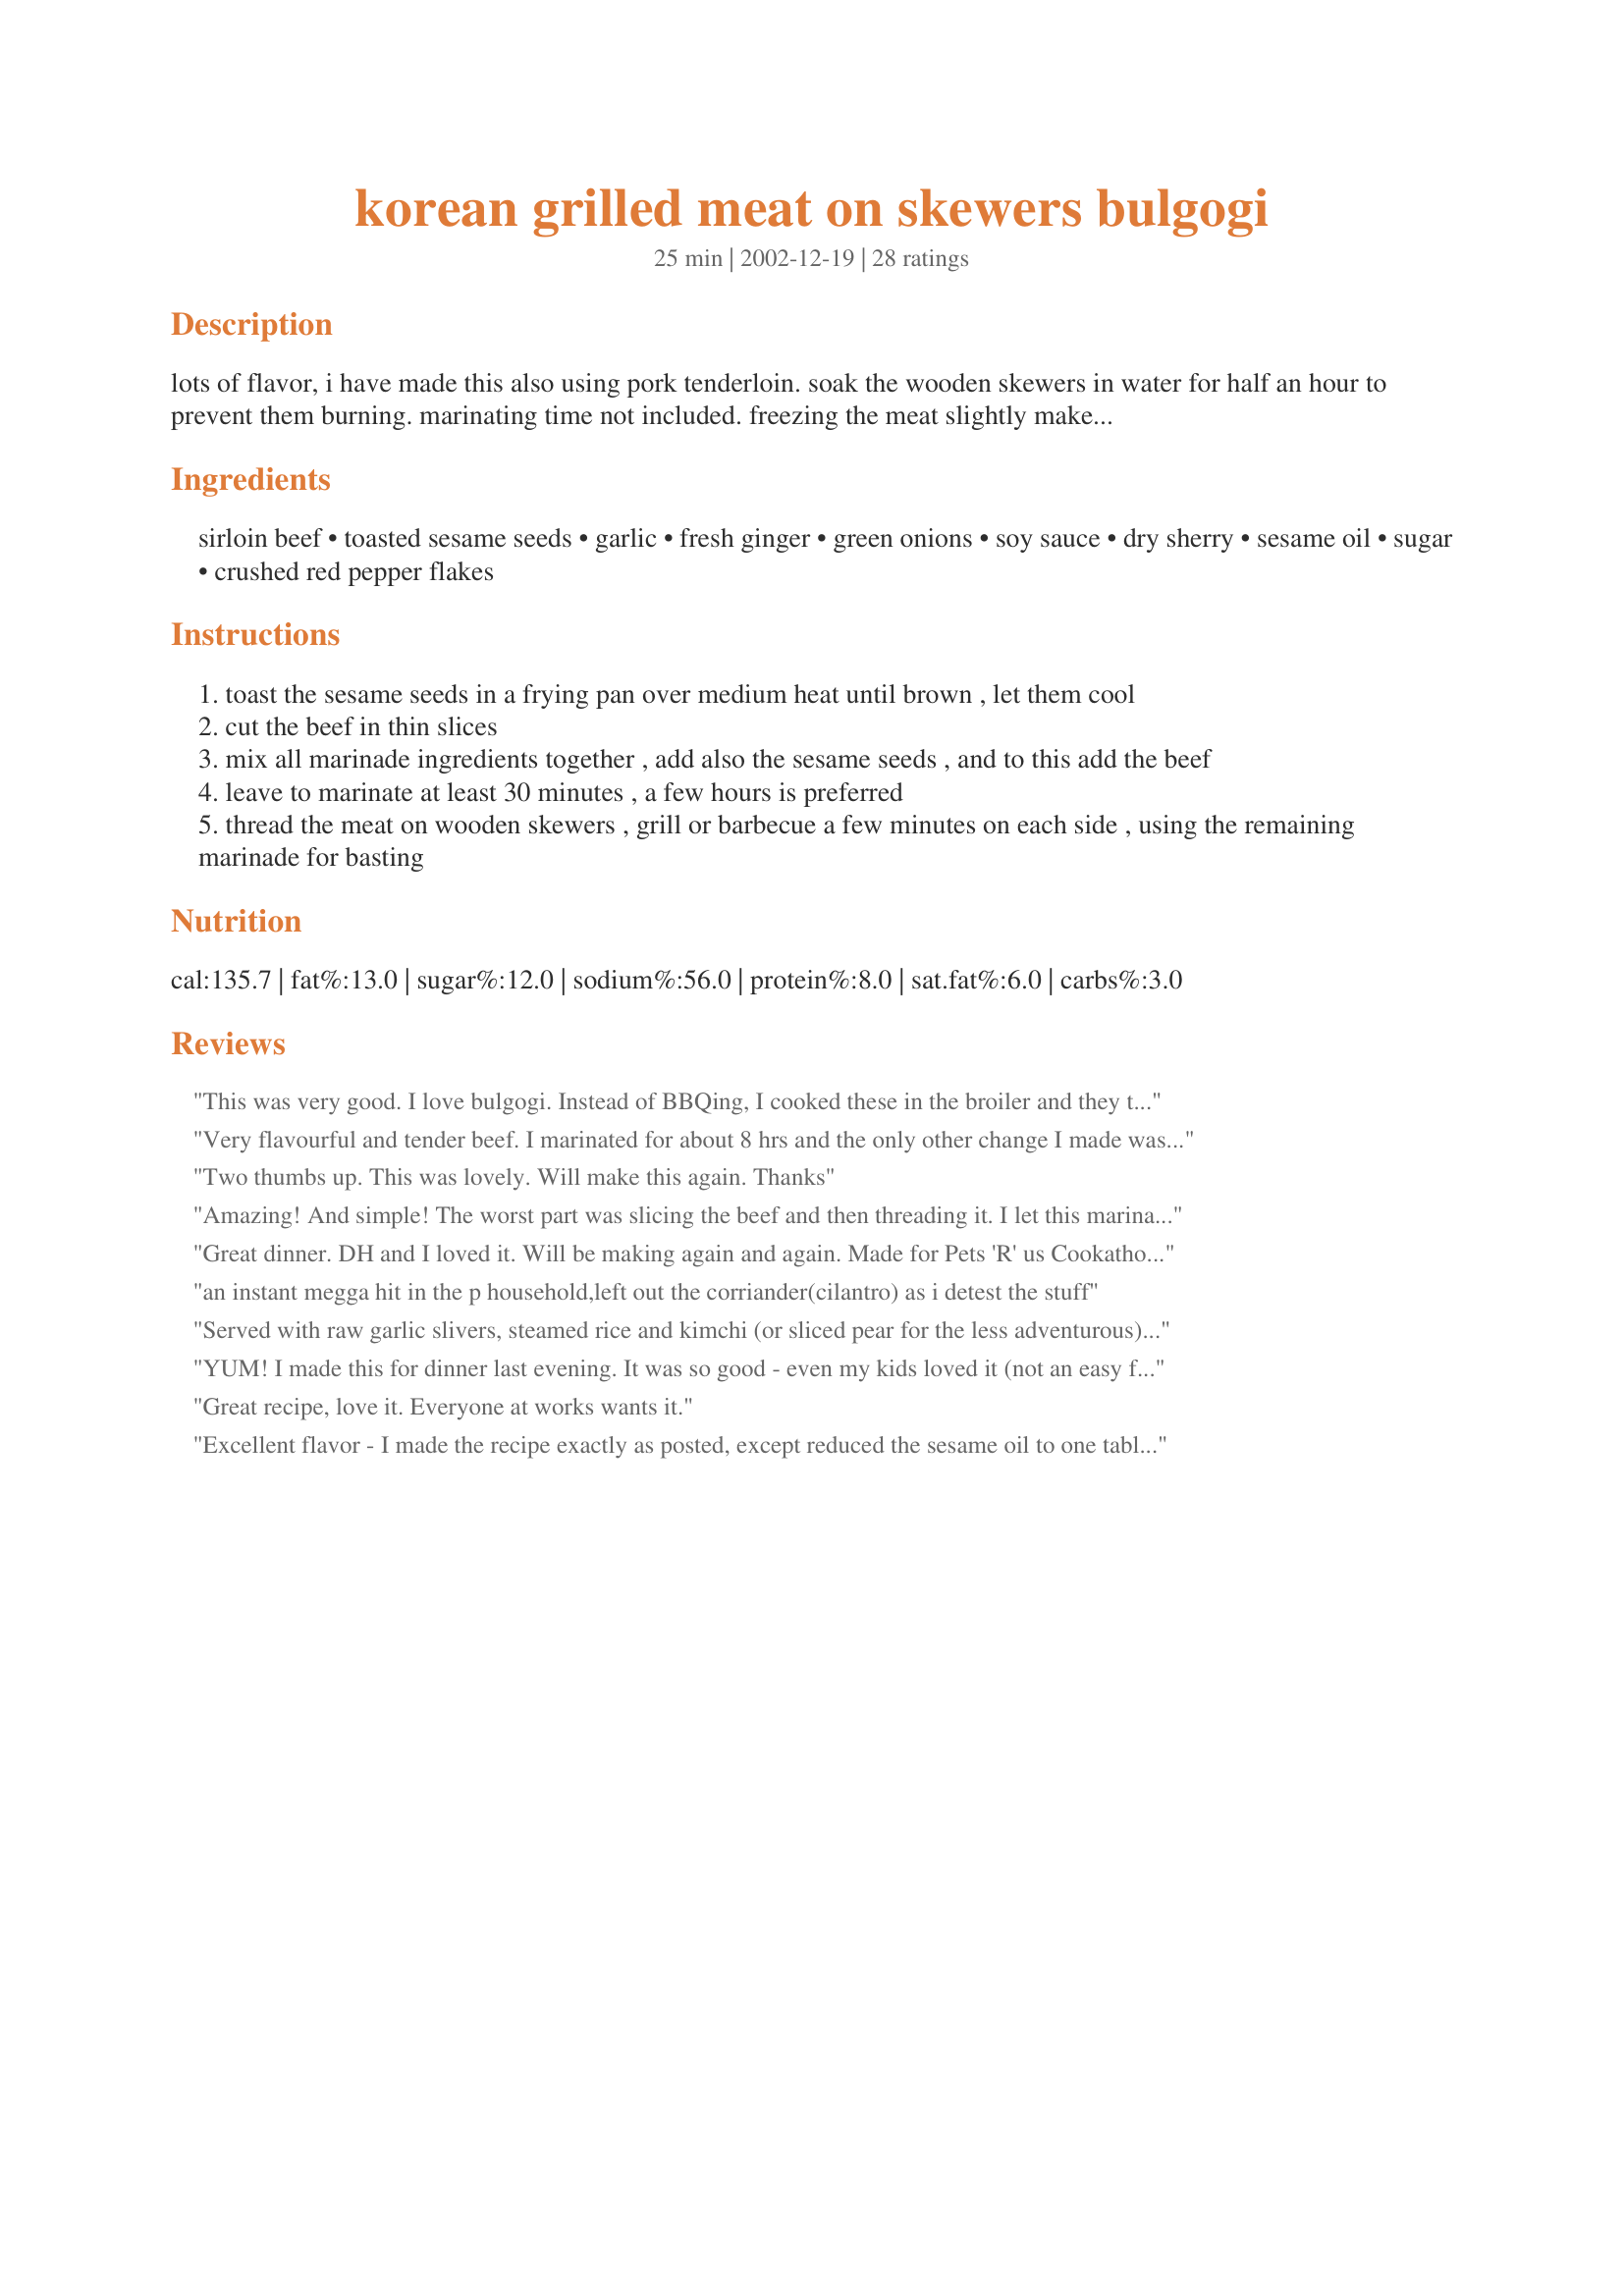
korean grilled meat on skewers bulgogi
Preparation time: 25 minutes

lots of flavor, i have made this also using pork tenderloin. soak the wooden skewers in water for half an hour to prevent them burning. marinating time not included. freezing the meat slightly makes it easier to slice it thin.

Ingredients:
sirloin beef, toasted sesame seeds, garlic, fresh ginger, green onions, soy sauce, dry sherry, sesame oil, sugar, crushed red pepper flakes

Steps:
toast the sesame seeds in a frying pan over medium heat until brown , let them cool
cut the beef in thin slices
mix all marinade ingredients together , add also the sesame seeds , and to this add the beef
leave to marinate at least 30 minutes , a few hours is preferred
thread the meat on wooden skewers , grill or barbecue a few minutes on each side , using the remaining marinade for basting

Reviews:
This was very good. I love bulgogi. Instead of BBQing, I cooked these in the broiler and they turned out great. Thanks for sharing Pets'R'us!
Very flavourful and tender beef. I marinated for about 8 hrs and the only other change I made was to use a bit of vegetable oil for the sesame oil (I ran out). Because of the cold weather, I broiled these in the oven for 4 minutes. Thanks for the recipe!
Two thumbs up. This was lovely. Will make this again. Thanks
Amazing! And simple! The worst part was slicing the beef and then threading it. I let this marinate for almost 24 hours since I didn&#039;t want to touch raw meat first thing in the morning before work.
Great dinner. DH and I loved it. Will be making again and again. Made for Pets 'R' us Cookathon 2011.
an instant megga hit in the p household,left out the corriander(cilantro) as i detest the stuff
Served with raw garlic slivers, steamed rice and kimchi (or sliced pear for the less adventurous) with lettuce as an "interactive" dinner: DIY lettuce wraps! Delicious!
YUM! I made this for dinner last evening. It was so good - even my kids loved it (not an easy feat)!! I served with grilled zucchini and salad. What a wonderful meal!
Great recipe, love it. Everyone at works wants it.
Excellent flavor - I made the recipe exactly as posted, except reduced the sesame oil to one tablespoon, only to suit my husband's taste. Marinated the meat for about 3 hours before grilling. I will make this again, for Company next time! Thanks, Pets!
Very delicious! It was very easy to make and my boyfriend really loved it, he ate them all !
Wow- just picked this out because it sounded like something I had a craving for (don't ask:)) I was right, it was exactly what I wanted and SO easy! Followed the recipe almost exactly and they were terrific. I used sliced sirloin and it was still plenty tender.
Super Duper Yummy! These had a very good flavor. I substituted lemon juice for the Sherry since I don't drink alcohol. Very good! Did I mention Good? ;) Even my DH said this was a keeper!
Pets, this was great !!! I made it with pork tenderloin and now I'm looking forward to trying it soon with beef. This really has an intense flavor which is just perfect for grilling.



I made this for a big family dinner and it disappeared much too quickly! The flavor was excellent and it smelled SO good. I used steak and made as directed except I didn't have any sesame seeds so I just added a tiny bit more sesame oil than called for. I would like to try this on pork and maybe even chicken in the very near future! We will be adding this to our summer meal rotation for sure! Thanks!
the smell is wonderful!!!! i made this for my husband . will make again when the weather breaks so i can grill it (next time). thanks for the recipe
Very nice flavour here.. I substituted powdered ginger for fresh and used olive oil and some sesame paste in place of the sesame oil (didn't have any). Served with white rice and grilled veggies for a great weekday meal. Thanks!
This recipe was absolutely fantastic!<br/>I marinated the meat for 3 1/2 hrs. (it was nice and tender) and served it over hot white rice with some kimchi and a side of sunomono (not the most traditional admittingly, considering one is Japanese, and the other Korean) but the flavors worked beautifully together. Thanks!
excellent!i have my own recipe for this but i'm always interested in trying new variations. this is very authentic tasting and you definitely need to grill it because those charred little bits add to the flavor. i used tenderloin and marinated it for 1 hour. keep posting petsrus!
This will be something we make often.
This recipe is great. I am always in search of recipes that are grilled and/or barbequed and this is a keeper. I didnt put sherry, instead I doubled the pepper because my family love spicy food. I also marinated it overnight and it was excellent. Thanks for posting.
This was good, although it would've been better if i had charbroiled it on the grill. I also was lazy and didn't measure much of anything. I will try this again, possibly changing dry sherry and sugar for mirin (sweet rice wine). Thanks!
gastronomical, fantastic, delicious, I could go on, but to sum these up in one word, it would be yummy. Better than my favourite Asian restaurant can do in my books. My kids who are fussy eaters loved these, I can't wait until I make these again. I just need to get more ingredients.

I am thinking about marinating the meat in bulk and freezing it, then I just have to thaw and thread onto skewers for an easy meal!

I've been telling everyone about them and passing on the recipe.

I did leave out the chilli because my kids don't like anything even the mildest bit hot!

Thank you for sharing this winner recipe.
This tastes like festival food! It is so delicious it is going to be a regular for my family throughout the summer grilling months. It is very easy to prepare also. Very authentic too, just like my Korean neighbor used to make down in Florida. Brings back old times. Thanks!
This was exactly what my husband wanted, some real Korean Bulgogi. He was stationed at Osan AB, ROK for a year (1997 - 1998) and missed this dish. Thanks so much for a keeper. Oh we marinated this over night to make it an easy weeknite dinner. Thanks!
Wonderful recipe! I made half a recipe using flank steak that was marinated for 1.5 hours. Grilled it on the KJ for about 5 min. Very quick cooking time as it was thinly sliced. Flavor was great and the meat so tender. I served with Recipe #50847, Recipe #53520 and kim chee. Great, easy meal.
disappeared in no time. My 2 yo loved it!
This is a delicious recipe - I marinated the meat for 4 hours and it was sure loaded with flavor. I used a shallot in place of the green onion. Served it with another Annaleis recipe#44688 Thanks Annaleis fora delish dinner
